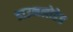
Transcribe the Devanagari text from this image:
डाउनलोडेड